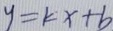
y = k x + b